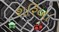
શરિબા